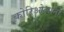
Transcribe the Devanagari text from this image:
कोरिओलानो